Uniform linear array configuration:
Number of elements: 24
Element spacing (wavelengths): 0.5
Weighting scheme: exponential
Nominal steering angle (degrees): -15
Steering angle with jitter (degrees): -14.954
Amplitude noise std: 0.05
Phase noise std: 0.05

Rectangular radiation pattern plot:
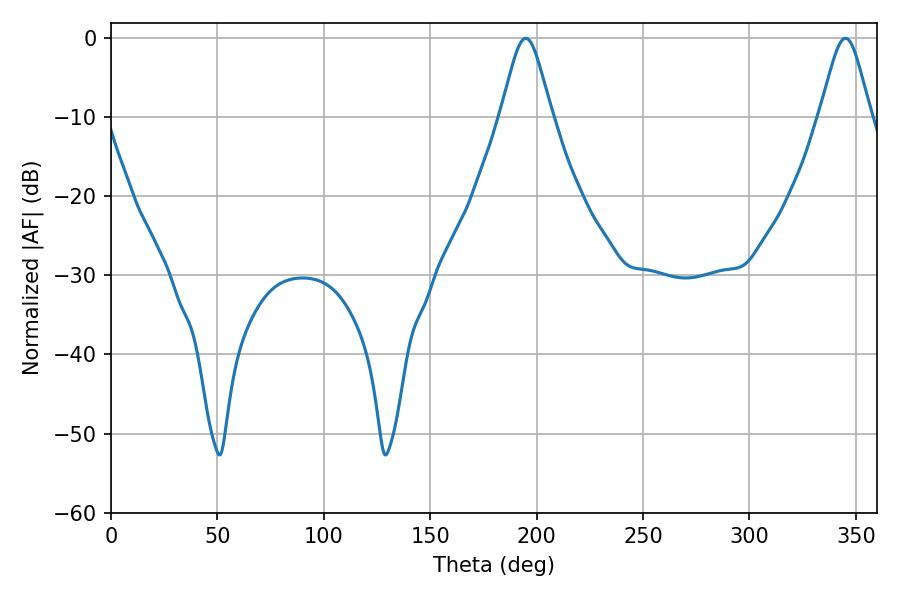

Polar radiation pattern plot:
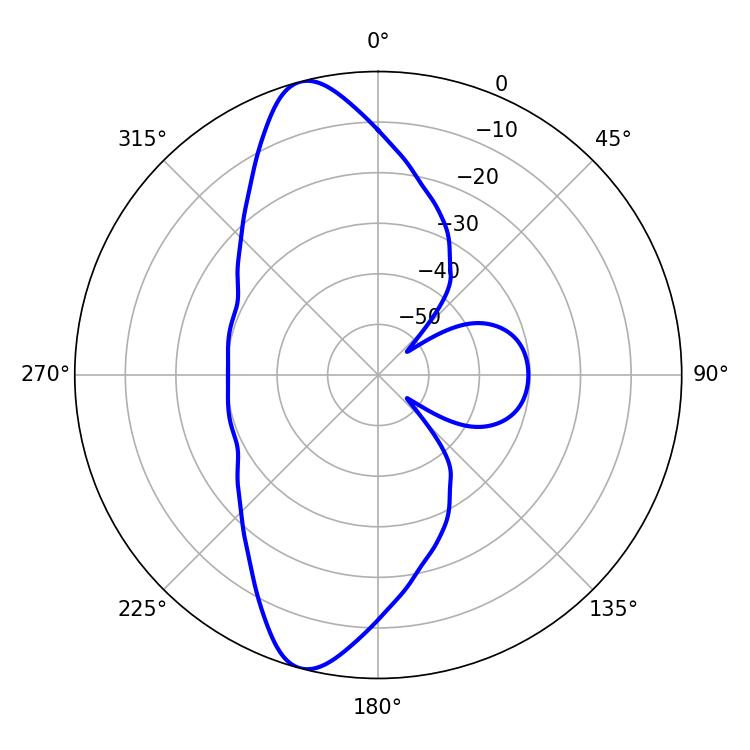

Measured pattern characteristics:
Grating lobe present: FALSE
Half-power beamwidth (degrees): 11.88
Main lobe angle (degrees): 194.94